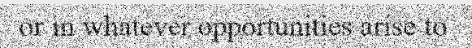
or in whatever opportunities arise to